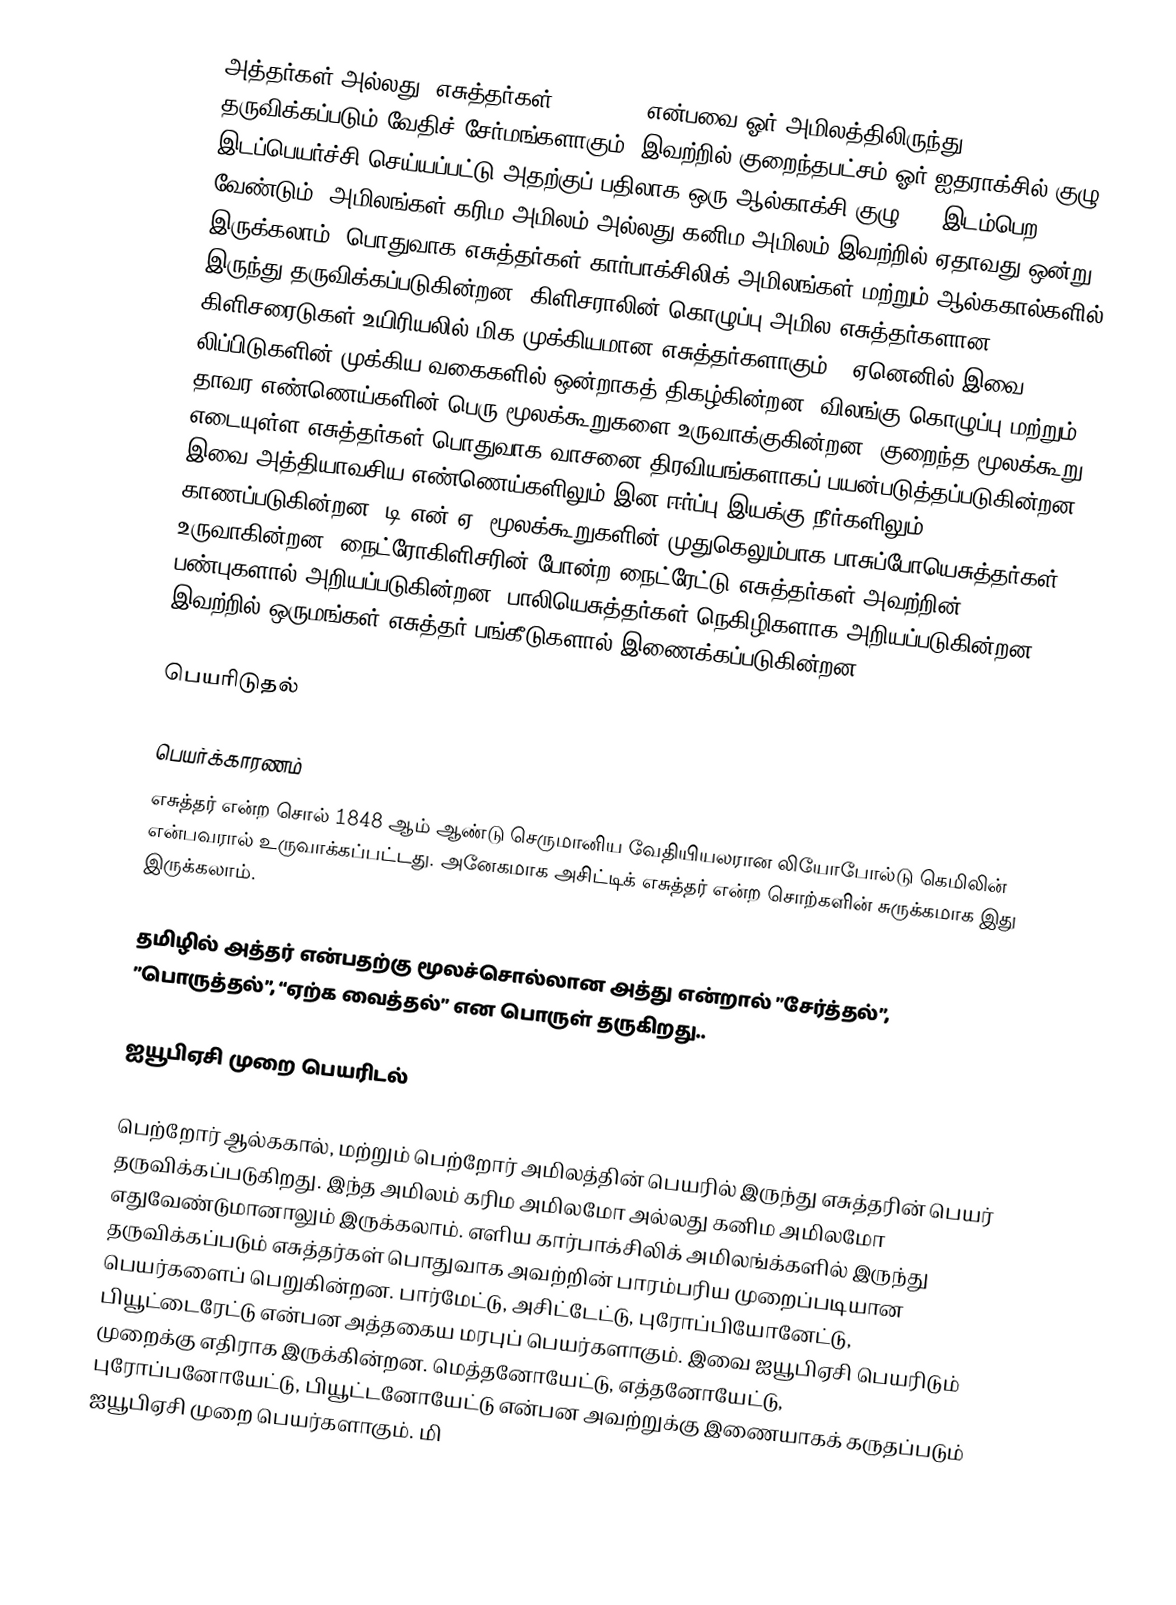
அத்தர்கள் அல்லது ”எசுத்தர்கள்” (Esters) என்பவை ஓர் அமிலத்திலிருந்து தருவிக்கப்படும் வேதிச் சேர்மங்களாகும்.  இவற்றில் குறைந்தபட்சம் ஓர் ஐதராக்சில் குழு இடப்பெயர்ச்சி செய்யப்பட்டு அதற்குப் பதிலாக ஒரு ஆல்காக்சி குழு –O– இடம்பெற வேண்டும். அமிலங்கள் கரிம அமிலம் அல்லது கனிம அமிலம் இவற்றில் ஏதாவது ஒன்று இருக்கலாம். பொதுவாக எசுத்தர்கள் கார்பாக்சிலிக் அமிலங்கள்  மற்றும் ஆல்ககால்களில் இருந்து தருவிக்கப்படுகின்றன. கிளிசராலின் கொழுப்பு அமில எசுத்தர்களான கிளிசரைடுகள் உயிரியலில் மிக முக்கியமான எசுத்தர்களாகும் . ஏனெனில் இவை லிப்பிடுகளின் முக்கிய வகைகளில் ஒன்றாகத் திகழ்கின்றன. விலங்கு கொழுப்பு மற்றும் தாவர எண்ணெய்களின் பெரு மூலக்கூறுகளை உருவாக்குகின்றன. குறைந்த மூலக்கூறு எடையுள்ள எசுத்தர்கள் பொதுவாக வாசனை திரவியங்களாகப் பயன்படுத்தப்படுகின்றன. இவை அத்தியாவசிய எண்ணெய்களிலும் இன ஈர்ப்பு இயக்கு நீர்களிலும் காணப்படுகின்றன. டி.என்.ஏ. மூலக்கூறுகளின் முதுகெலும்பாக பாசுப்போயெசுத்தர்கள் உருவாகின்றன. நைட்ரோகிளிசரின் போன்ற நைட்ரேட்டு எசுத்தர்கள்  அவற்றின் பண்புகளால் அறியப்படுகின்றன. பாலியெசுத்தர்கள் நெகிழிகளாக அறியப்படுகின்றன. இவற்றில் ஒருமங்கள் எசுத்தர் பங்கீடுகளால் இணைக்கப்படுகின்றன.

பெயரிடுதல்

பெயர்க்காரணம்
எசுத்தர் என்ற சொல் 1848 ஆம் ஆண்டு செருமானிய வேதியியலரான லியோபோல்டு கெமிலின் என்பவரால் உருவாக்கப்பட்டது. அனேகமாக அசிட்டிக் எசுத்தர் என்ற சொற்களின் சுருக்கமாக இது இருக்கலாம்.

தமிழில் அத்தர் என்பதற்கு மூலச்சொல்லான அத்து என்றால் ”சேர்த்தல்”, ”பொருத்தல்”, “ஏற்க வைத்தல்” என பொருள் தருகிறது..

ஐயூபிஏசி முறை பெயரிடல்

பெற்றோர் ஆல்ககால், மற்றும் பெற்றோர் அமிலத்தின் பெயரில் இருந்து எசுத்தரின் பெயர் தருவிக்கப்படுகிறது. இந்த அமிலம் கரிம அமிலமோ அல்லது கனிம அமிலமோ எதுவேண்டுமானாலும் இருக்கலாம்.  எளிய கார்பாக்சிலிக் அமிலங்க்களில் இருந்து தருவிக்கப்படும் எசுத்தர்கள் பொதுவாக அவற்றின் பாரம்பரிய முறைப்படியான பெயர்களைப் பெறுகின்றன.  பார்மேட்டு, அசிட்டேட்டு, புரோப்பியோனேட்டு, பியூட்டைரேட்டு என்பன அத்தகைய மரபுப் பெயர்களாகும். இவை ஐயூபிஏசி பெயரிடும் முறைக்கு எதிராக இருக்கின்றன. மெத்தனோயேட்டு, எத்தனோயேட்டு, புரோப்பனோயேட்டு, பியூட்டனோயேட்டு என்பன அவற்றுக்கு இணையாகக் கருதப்படும் ஐயூபிஏசி முறை பெயர்களாகும். மி